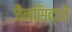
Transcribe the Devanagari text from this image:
जैनसिद्धों